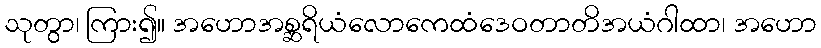
သုတွာ၊ ကြား၍။ အဟောအစ္ဆရိယံလောကေထံဒေဝတာတိအယံဂါထာ၊ အဟော